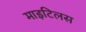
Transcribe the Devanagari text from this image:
माइटिलस